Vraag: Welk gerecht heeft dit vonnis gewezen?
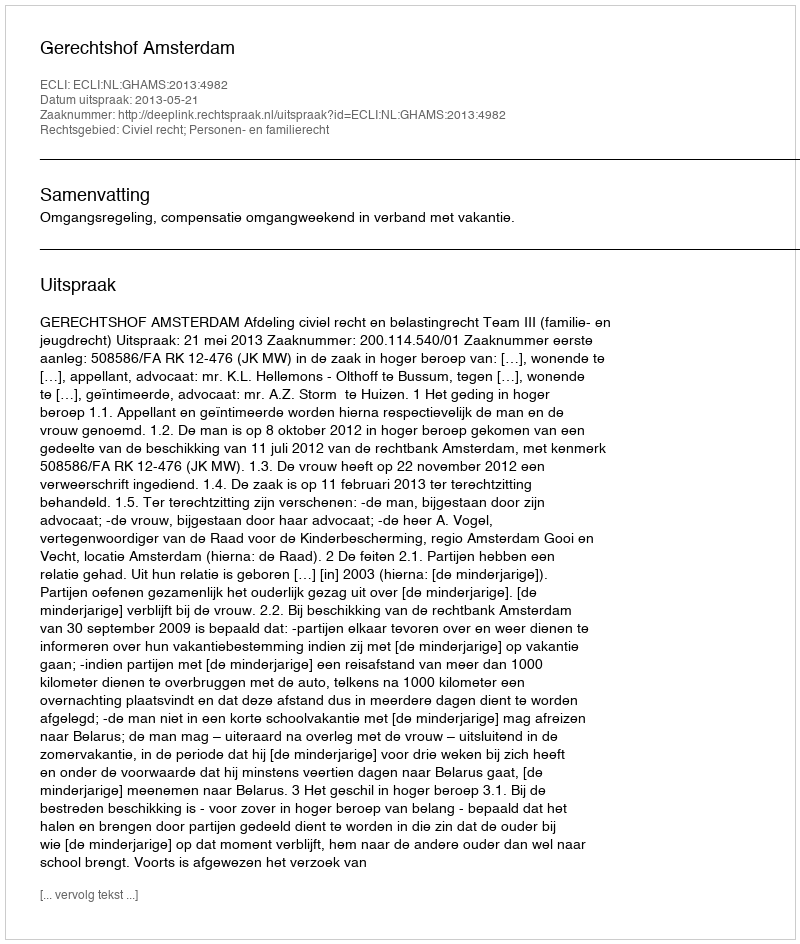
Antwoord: Gerechtshof Amsterdam